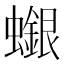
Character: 𧓪